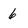
Character: 6